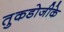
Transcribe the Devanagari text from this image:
तुकडोजीके